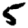
Digit: 5